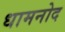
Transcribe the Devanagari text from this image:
धामनोद